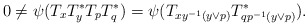
\begin{align*}0\neq \psi(T_xT_y^*T_pT_q^*)= \psi(T_{xy^{-1}(y \vee p)} T^*_{qp^{-1}(y \vee p)}).\end{align*}